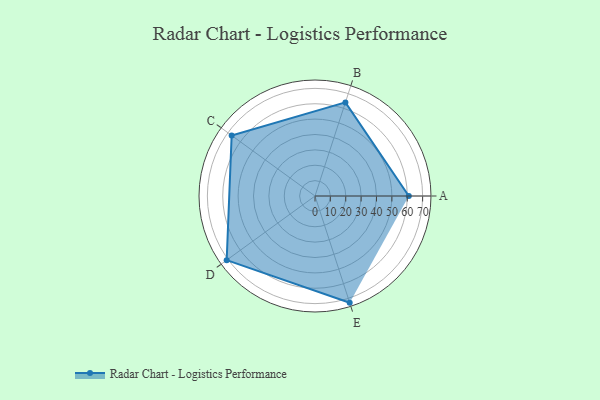
{"axis": {"x": "Skill", "y": "Score"}, "legend": ["Profile"], "data": [{"x": "A", "y": 61.0, "type": "Profile"}, {"x": "B", "y": 64.0, "type": "Profile"}, {"x": "C", "y": 67.0, "type": "Profile"}, {"x": "D", "y": 71.0, "type": "Profile"}, {"x": "E", "y": 73.0, "type": "Profile"}]}